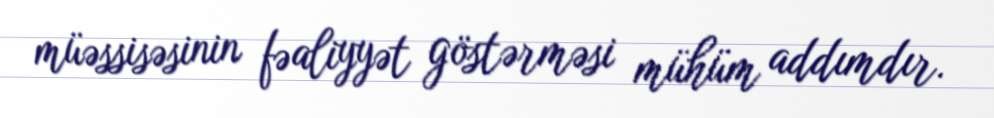
müəssisəsinin fəaliyyət göstərməsi mühüm addımdır.